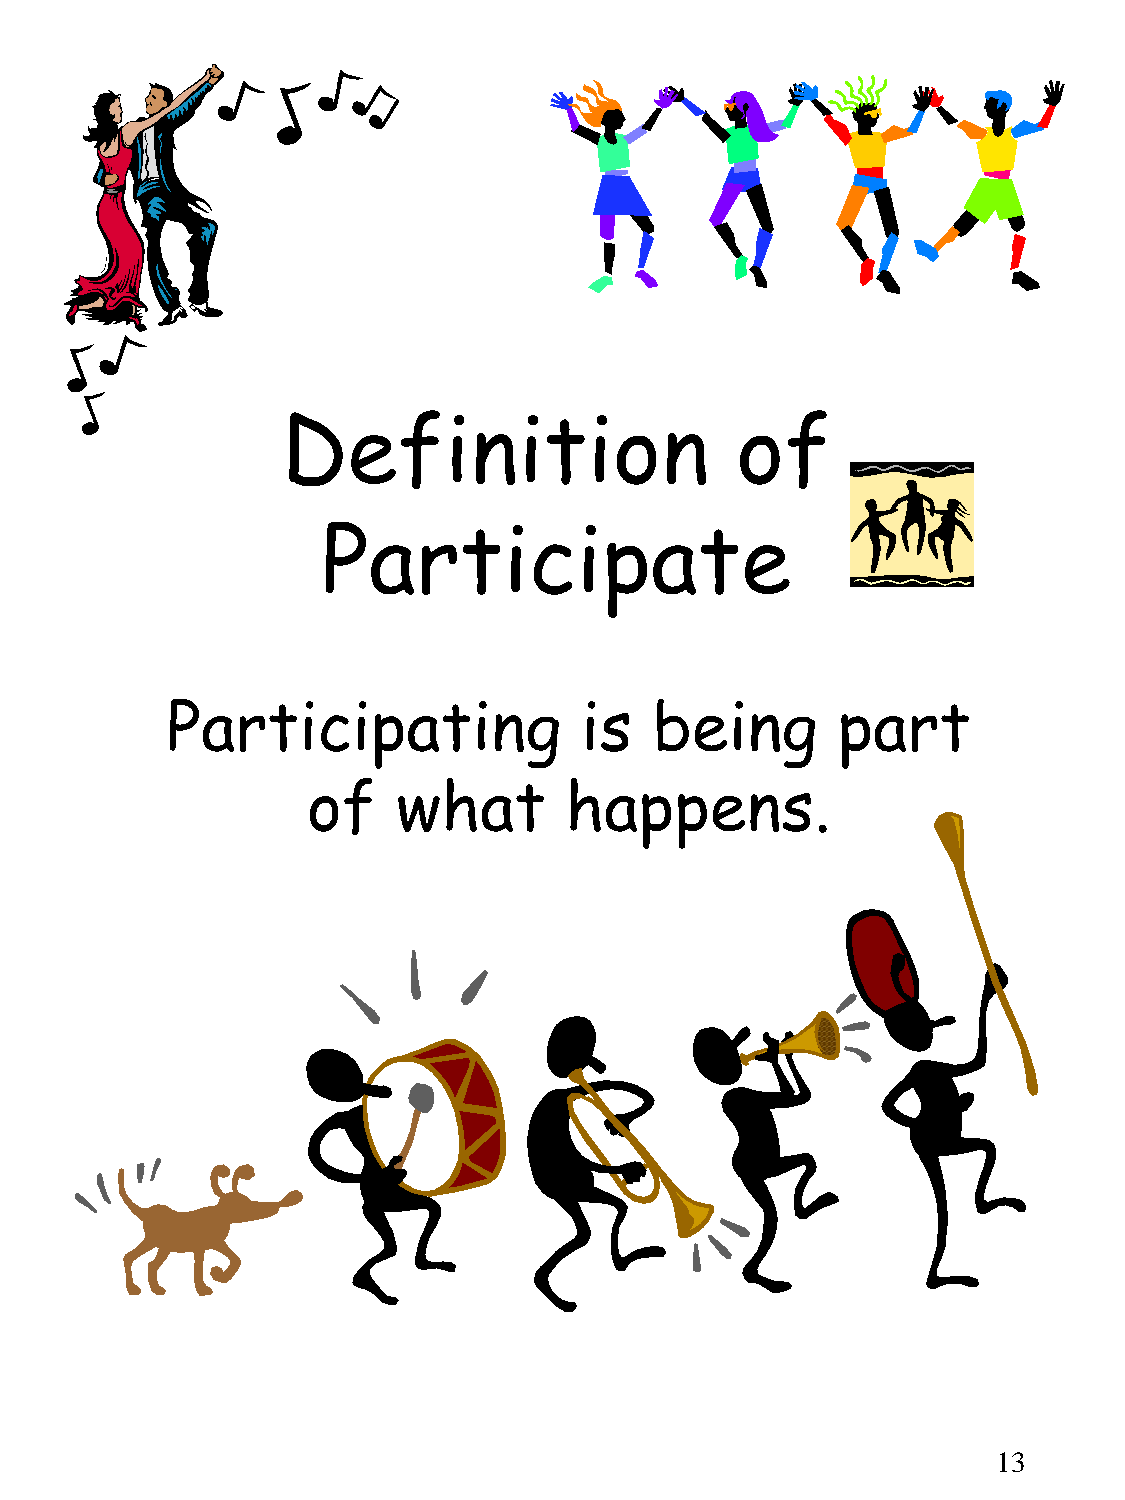
Definition                    of
 Participate
 Participating              is   being       part
 of    what       happens.
 13